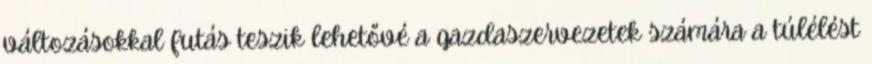
változásokkal futás teszik lehetővé a gazdaszervezetek számára a túlélést